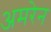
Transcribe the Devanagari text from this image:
अमरेन